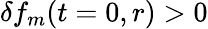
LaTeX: \delta f_{m}(t=0,r)>0